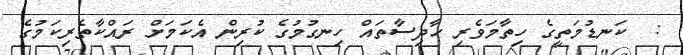
:  ކަނޑުމަތީގެ ހިތާމަވެރި ޙާދިސާތައް ހިނގުމުގެ ކުރިން އެކަމަށް ރައްކާތެރިކަމުގެ